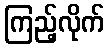
ကြည့်လိုက်